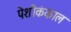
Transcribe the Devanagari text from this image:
पेशीकंकाल